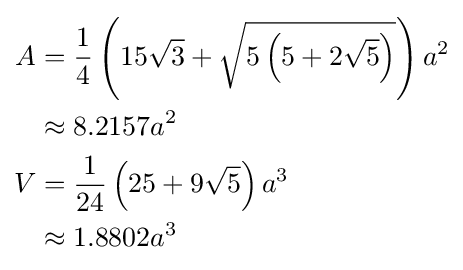
{\begin{aligned}A&={\frac {1}{4}}\left(15{\sqrt {3}}+{\sqrt {5\left(5+2{\sqrt {5}}\right)}}\right)a^{2}\\&\approx 8.2157a^{2}\\V&={\frac {1}{24}}\left(25+9{\sqrt {5}}\right)a^{3}\\&\approx 1.8802a^{3}\end{aligned}}